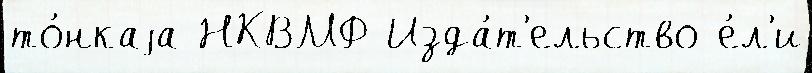
то́нкаjа НКВМФ Изда́т'ельство е́л'и